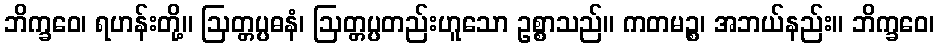
ဘိက္ခဝေ၊ ရဟန်းတို့။ ဩတ္တပ္ပဓနံ၊ ဩတ္တပ္ပတည်းဟူသော ဥစ္စာသည်။ ကတမဉ္စ၊ အဘယ်နည်း။ ဘိက္ခဝေ၊